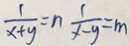
\frac { 1 } { x + y } = n \frac { 1 } { x - y } = m